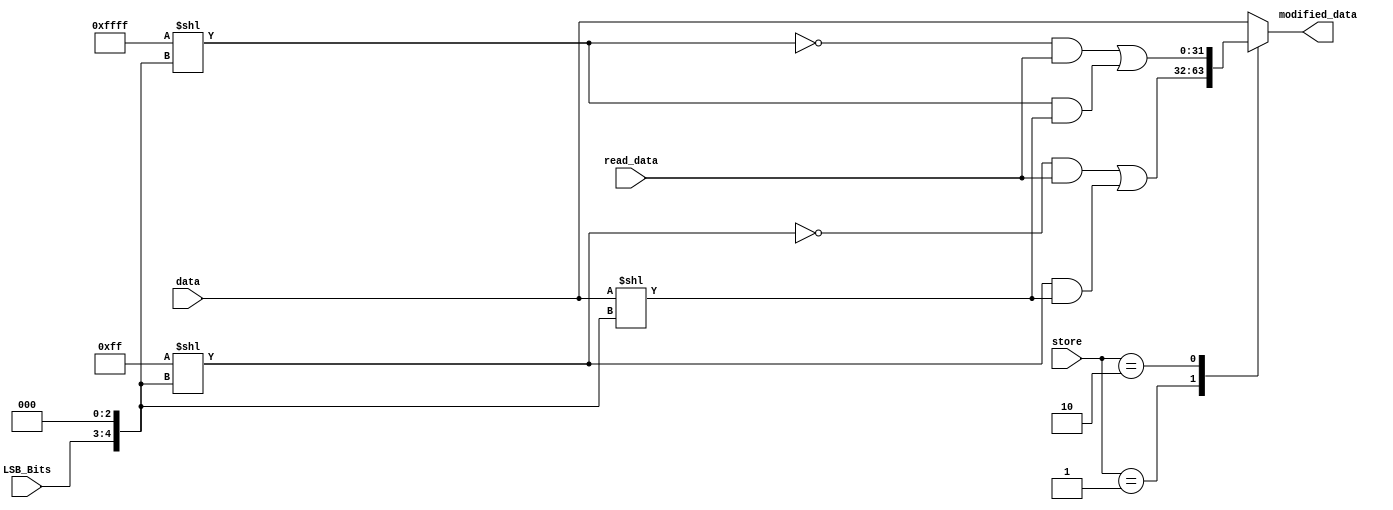
module store_extend_rev1s(
	input [1:0] LSB_Bits, store,
	input [31:0] data, read_data,
	output reg [31:0] modified_data
);
	
	reg [31:0] temp, temp2;

	always @(*) begin

		// creating masks to get the original data present at that memory
		// For store byte, the mask should be 0x000000FF, then it should be left shifted by the 8 * LSB_bits ( can take values 0, 1, 2, 3)
		// For store word, the mask should be 0x0000FFFF, then it should be left shifted by the 8 * LSB_bits ( can take values 0, 2)
		// Negate both the masks, for sb --> 0xFFFFFF00, 0xFFFF00FF, 0xFF00FFFF, 0x00FFFFFF
		// This mask should be ANDed with the ReadData at that addess (multiple of 4)
		// The byte or word to be stored should be left shifted by 8 * LSB_bits
		// The shifted data and masked data are ORed.

		// Example : store byte 0x000000AB at addr = 0x02000005 and assume data 0x12345678 is present at addr2=0x02000004
		// RISC V is word-aligned, so the address can only be a multiple of 4.
		// Hence address should be addr[32:2], the LSB 2 bits are addr[1:0], in this case its 01
		// Hence the negated mask created will be 0xFFFF00FF (shifted by 8 bits)
		// AND the negated mask with the data already present. 0xFFFF00FF | 0x12345678 = 0x12340078
		// The data to be stored should also be left shifted.
		// shifted_data = 0x000000AB << 8*1 = 0x0000AB00
		// or the shifted data and masked original data
		// 0x0000AB00 | 0x12340078 = 0x1234AB78

		// little endian
		temp <= 32'hff << ({LSB_Bits,3'b0});
		temp2 <= 32'hffff << ({LSB_Bits,3'b0});

		// big endian
		//temp <= 32'hff << ({~LSB_Bits,3'b0});
		//temp2 <= 32'hffff << ({~LSB_Bits,3'b0});

		case(store)

			// little endian
			2'b01:	modified_data <= ((~temp) & read_data) | (temp & (data << {LSB_Bits,3'b0}));//sb
			2'b10:	modified_data <= ((~temp2) & read_data)| (temp2 & (data << ({LSB_Bits,3'b0})));//sh

			//big endian
			//2'b01:	modified_data <= ((~temp) & read_data) | (temp & (data << {~LSB_Bits,3'b0}));//sb
			//2'b10:	modified_data <= ((~temp2) & read_data)| (temp2 & (data << ({~LSB_Bits,3'b0})));//sh
			default:	modified_data <= data;	//sw
		endcase
	end
	
endmodule